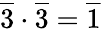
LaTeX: {\overline{{3}}}\cdot{\overline{{3}}}={\overline{{1}}}